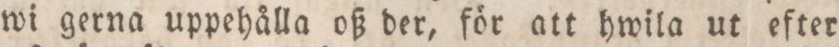
wi gerna uppehålla oß der, för att hwila ut efter